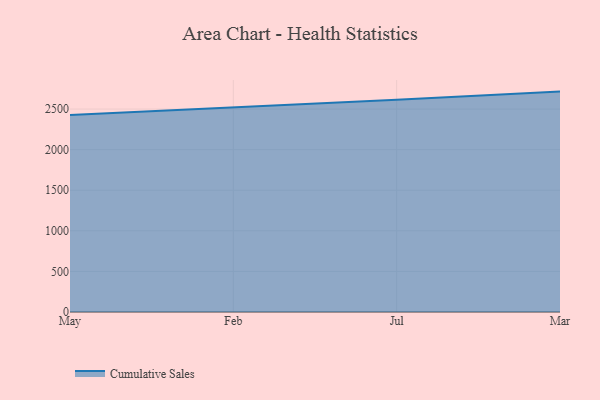
{"axis": {"x": "Month", "y": "Budget (USD K)"}, "legend": ["Cumulative Sales"], "data": [{"x": "May", "y": 2426.0, "type": "Cumulative Sales"}, {"x": "Feb", "y": 2517.0, "type": "Cumulative Sales"}, {"x": "Jul", "y": 2615.9, "type": "Cumulative Sales"}, {"x": "Mar", "y": 2715.5, "type": "Cumulative Sales"}]}